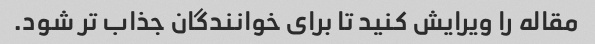
مقاله را ویرایش کنید تا برای خوانندگان جذاب تر شود.